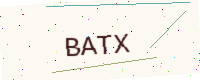
Text: BATX